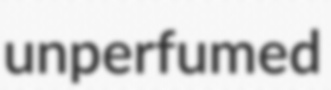
unperfumed